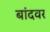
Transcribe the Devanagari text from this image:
बांदवर